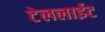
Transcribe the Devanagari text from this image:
टेललाईट